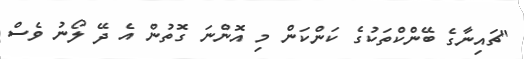
"ޗައިނާގެ ބޭންކްތަކުގެ ކަންކަން މި އޮންނަ ގޮތުން އެ ދޭ ލޯނު ވެސް